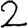
Digit: 2